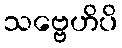
သဗ္ဗေဟိပိ